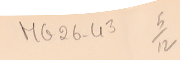
MG26-43   5/12